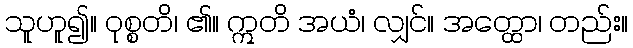
သူဟူ၍။ ဝုစ္စတိ၊ ၏။ ဣတိ အယံ၊ လျှင်။ အတ္ထော၊ တည်း။